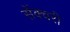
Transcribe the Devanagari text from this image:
सेंक्चरी